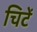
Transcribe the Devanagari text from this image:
चिटें